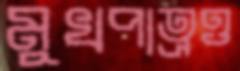
মুখপাত্রও